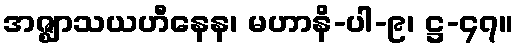
အဇ္ဈာသယဟီနေန၊ မဟာနိ-ပါ-၉၊ ဋ္ဌ-၄၇။